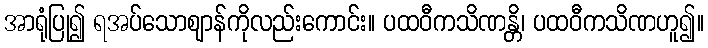
အာရုံပြု၍ ရအပ်သောဈာန်ကိုလည်းကောင်း။ ပထဝီကသိဏန္တိ၊ ပထဝီကသိဏဟူ၍။